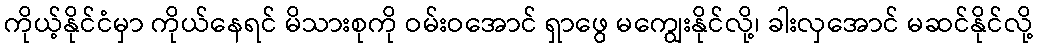
ကိုယ့်နိုင်ငံမှာ ကိုယ်နေရင် မိသားစုကို ဝမ်းဝအောင် ရှာဖွေ မကျွေးနိုင်လို့၊ ခါးလှအောင် မဆင်နိုင်လို့